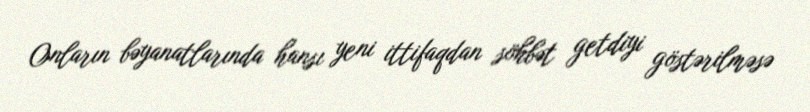
Onların bəyanatlarında hansı yeni ittifaqdan söhbət getdiyi göstərilməsə